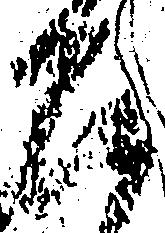
召